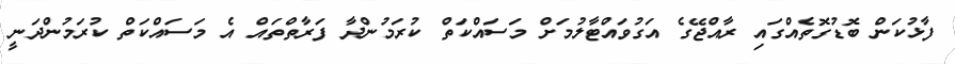
ފާޅުކަން ބޮޑުގޮތެއްގައި ރާއްޖޭގެ އަގުވައްޓާލުމަށް މަސައްކަތް ކުރަމުންދާ ފަރާތްތައް އެ މަސައްކަތް ކުރަމުންދަނީ